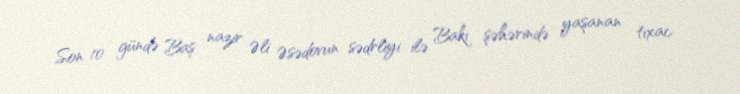
Son 10 gündə Baş nazir Əli Əsədovun sədrliyi ilə Bakı şəhərində yaşanan tıxac